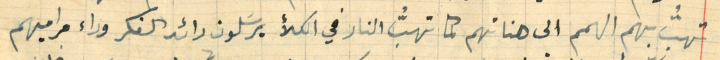
تهبُّ بهم الهمم الى هناتهم كما تهبُّ النار في الكلأ يرسَلون رائد الفكر وراء مراميهم